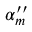
\alpha _ { m } ^ { \prime \prime }